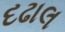
દઢાલ